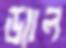
ড্যাল